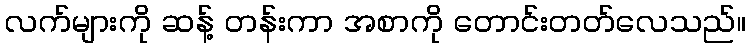
လက်များကို ဆန့် တန်းကာ အစာကို တောင်းတတ်လေသည်။